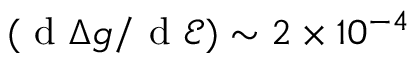
( \mathrm { ~ d ~ } \Delta g / \mathrm { ~ d ~ } \mathcal { E } ) \sim 2 \times 1 0 ^ { - 4 }